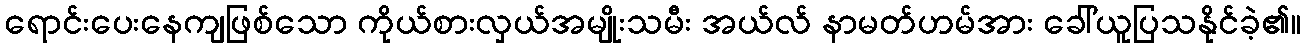
ရောင်းပေးနေကျဖြစ်သော ကိုယ်စားလှယ်အမျိုးသမီး အယ်လ် နာမတ်ဟမ်အား ခေါ်ယူပြသနိုင်ခဲ့၏။